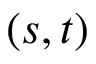
( s , t )